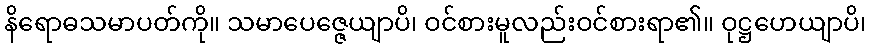
နိရောဓသမာပတ်ကို။ သမာပေဇ္ဇေယျာပိ၊ ဝင်စားမူလည်းဝင်စားရာ၏။ ဝုဋ္ဌဟေယျာပိ၊